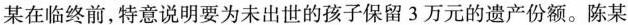
某在临终前，特意说明要为未出世的孩子保留3万元的遗产份额。陈某